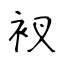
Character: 衩